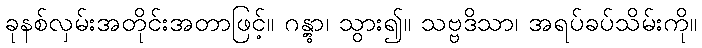
ခုနစ်လှမ်းအတိုင်းအတာဖြင့်။ ဂန္တွာ၊ သွား၍။ သဗ္ဗဒိသာ၊ အရပ်ခပ်သိမ်းကို။